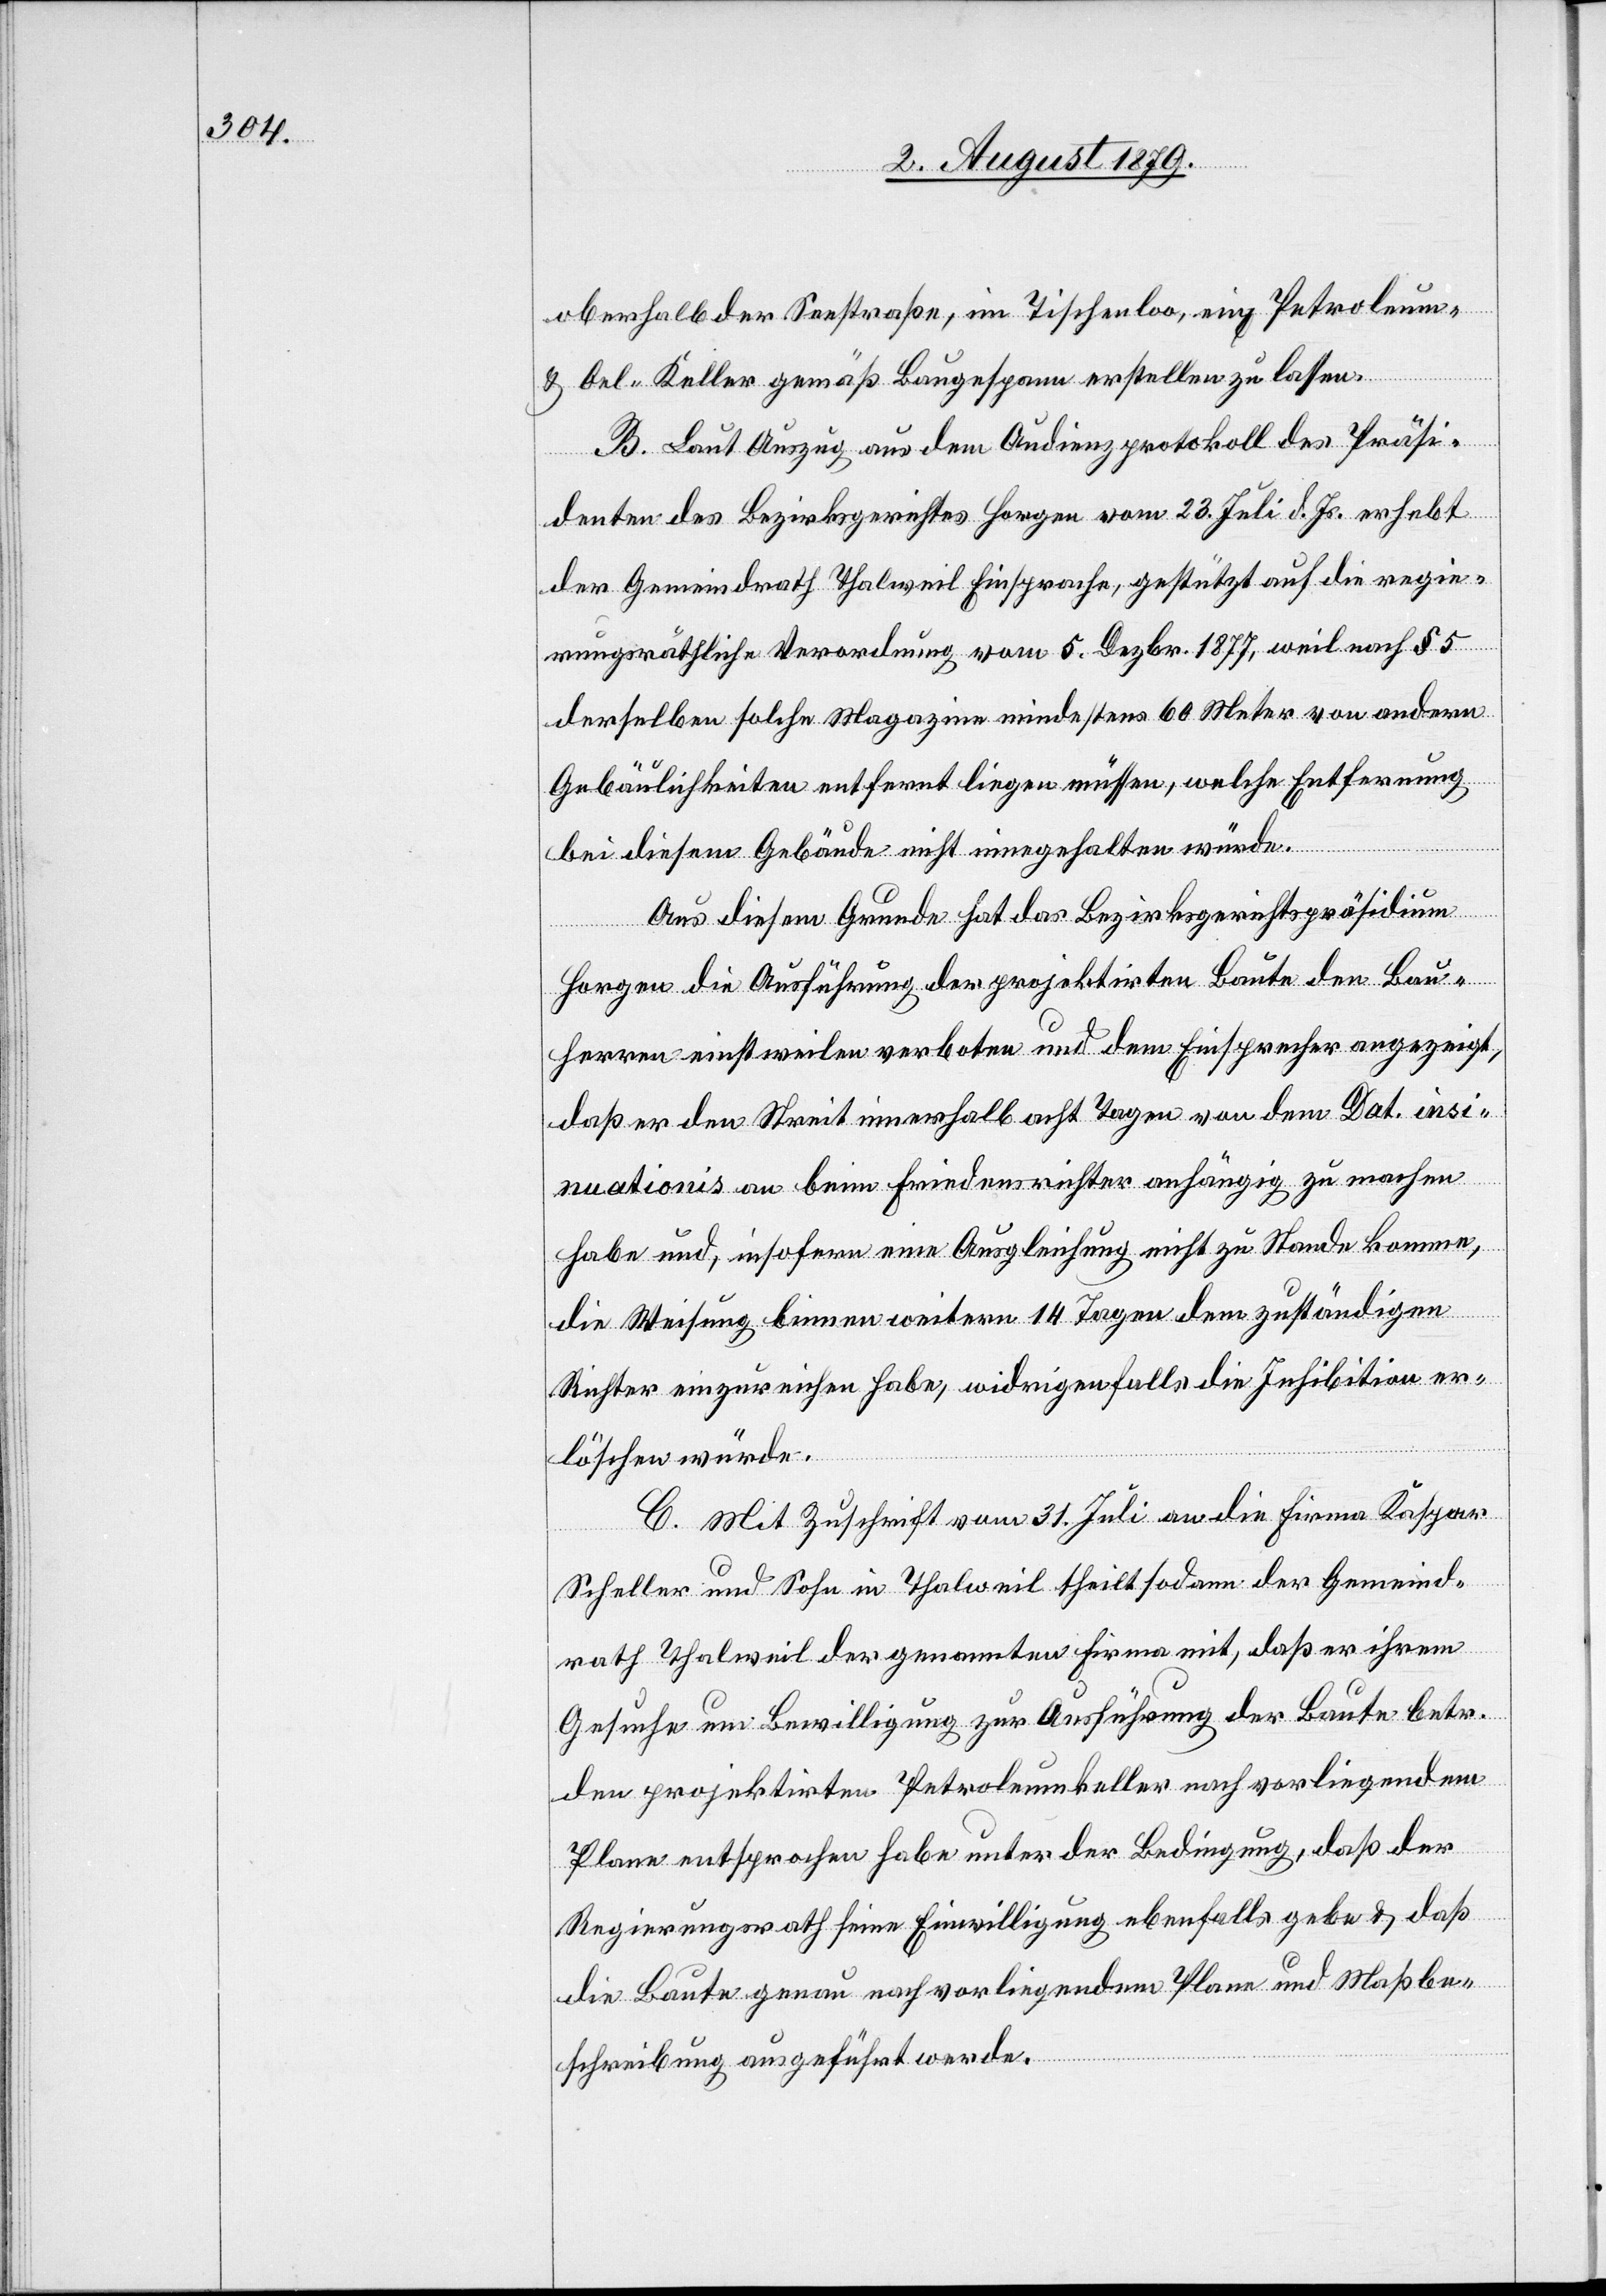
oberhalb der Seestraße, im Tischenloo, ein Petroleum-
& Oel-Keller gemäß Baugespann erstellen zu lassen.
B. Laut Auszug aus dem Audienzprotokoll des Präsi¬
denten des Bezirksgerichtes Horgen vom 23. Juli d. Js. erhebt
der Gemeindrath Thalweil Einsprache, gestützt auf die regie¬
rungsräthliche Verordnung vom 5. Dezbr. 1877, weil nach § 5
derselben solche Magazine mindestens 60 Meter von andern
Gebäulichkeiten entfernt liegen müssen, welche Entfernung
bei diesem Gebäude nicht eingehalten würde.
Aus diesem Grunde hat das Bezirksgerichtspräsidium
Horgen die Ausführung der projektirten Baute den Bau¬
herren einstweilen verboten und dem Einsprecher angezeigt,
daß er den Streit innerhalb acht Tagen von dem Dat. Insi¬
nuationiK an beim Friedensrichter anhängig zu machen
habe und, insofern eine Ausgleichung nicht zu Stande kommen,
die Weisung binnen weitern 14 Tagen dem zuständigen
Richter einzureichen habe, widrigenfalls die Inhibition er¬
löschen würde.
C. Mit Zuschrift vom 31. Juli an die Firma Kaspar
Scheller und Sohn in Thalweil theilt sodann der Gemeind¬
rath Thalweil der genannten Firma mit, daß er ihrem
Gesuche um Bewilligung zur Ausführung der Baute betr.
den projektirten Petroleumkeller nach vorliegendem
Plane entsprochen habe unter der Bedingung, daß der
Regierungsrath seine Einwilligung ebenfalls gebe & daß
die Baute genau nach vorliegendem Plane und Maßbe¬
schreibung ausgeführt werde.